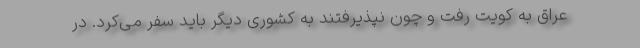
عراق به کویت رفت و چون نپذیرفتند به کشوری دیگر باید سفر می‌کرد. در